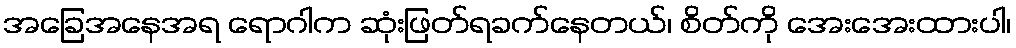
အခြေအနေအရ ရောဂါက ဆုံးဖြတ်ရခက်နေတယ်၊ စိတ်ကို အေးအေးထားပါ၊